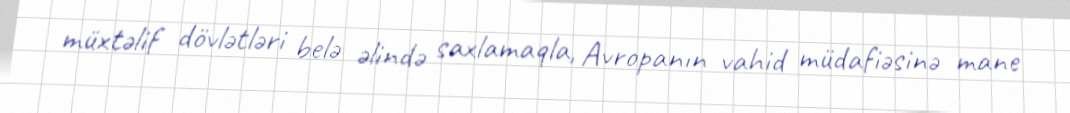
müxtəlif dövlətləri belə əlində saxlamaqla, Avropanın vahid müdafiəsinə mane